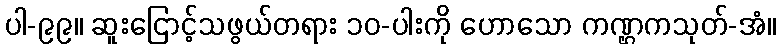
ပါ-၉၉။ ဆူးငြောင့်သဖွယ်တရား ၁၀-ပါးကို ဟောသော ကဏ္ဌ္ဌကသုတ်-အံ။